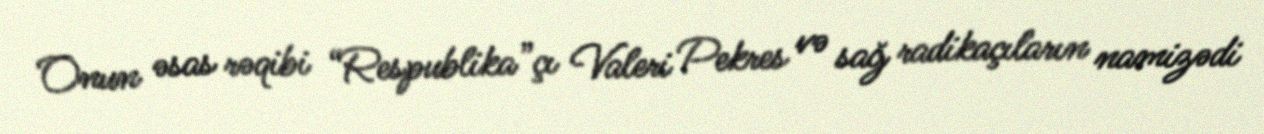
Onun əsas rəqibi “Respublika”çı Valeri Pekres və sağ radikaçıların namizədi